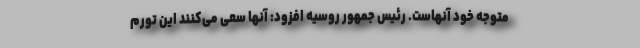
متوجه خود آنهاست. رئیس جمهور روسیه افزود: آنها سعی می‌کنند این تورم